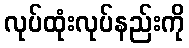
လုပ်ထုံးလုပ်နည်းကို